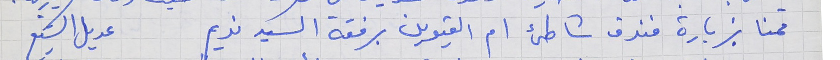
قمنا بزيارة فندق شاطئ ام القيوين برفقة السيد نديم      عديل الشيخ